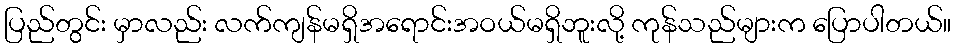
ပြည်တွင်း မှာလည်း လက်ကျန်မရှိအရောင်းအဝယ်မရှိဘူးလို့ ကုန်သည်များက ပြောပါတယ်။